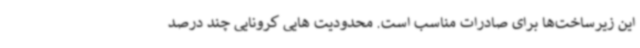
این زیرساخت‌ها برای صادرات مناسب است. محدودیت هایی کرونایی چند درصد